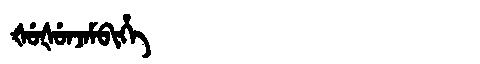
Manchu: ᡧᡠᡧᡠᠨᠵᠠᠮᠪᡳᡥᡝ
Romanization: ŠUŠUNJAMBIHE